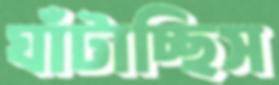
ঘাঁটাচ্ছিস